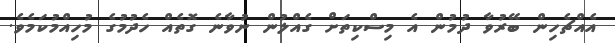
އެއްޗެހިން ބޭރުވާ ދުމުން އެ މިސްކިތަށް ގެއްލުން ނުވާނެ ގޮތެއް ހެދުމުގެ މުހިއްމުކަމެވެ.